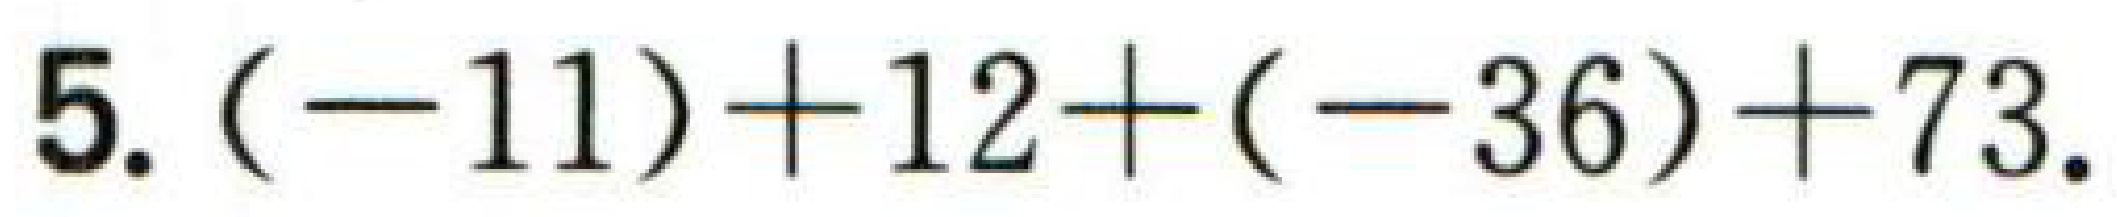
5. \((-11)+12+(-36)+73.\)